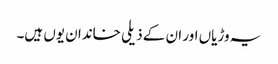
یہ وڑیاں اور ان کے ذیلی خاندان یوں ہیں۔